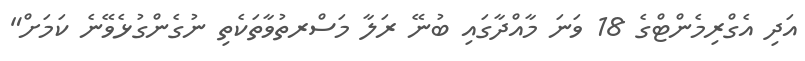
އަދި އެގްރިމެންޓްގެ 18 ވަނަ މާއްދާގައި ބުނޭ ރަލާ މަސްރތުވާތަކެތި ނުގެންގުޅެވޭނެ ކަމަށް"